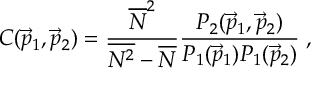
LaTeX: C ( { \vec { p } } _ { 1 } , { \vec { p } } _ { 2 } ) = \frac { \overline { { { N } } } ^ { 2 } } { \overline { { { N ^ { 2 } } } } - \overline { { { N } } } } \frac { P _ { 2 } ( { \vec { p } } _ { 1 } , { \vec { p } } _ { 2 } ) } { P _ { 1 } ( { \vec { p } } _ { 1 } ) P _ { 1 } ( { \vec { p } } _ { 2 } ) } \; ,